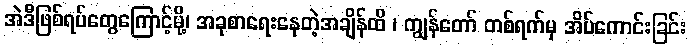
အဲဒီဖြစ်ရပ်တွေကြောင့်မို့၊ အခုစာရေးနေတဲ့အချိန်ထိ ၊ ကျွန်တော် တစ်ရက်မှ အိပ်ကောင်းခြင်း